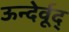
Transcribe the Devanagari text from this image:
ऊन्देर्वूद्